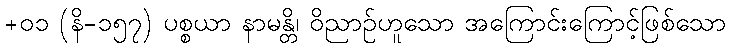
+၀၁ (နိ-၁၅၇) ပစ္စယာ နာမန္တိ၊ ဝိညာဉ်ဟူသော အကြောင်းကြောင့်ဖြစ်သော